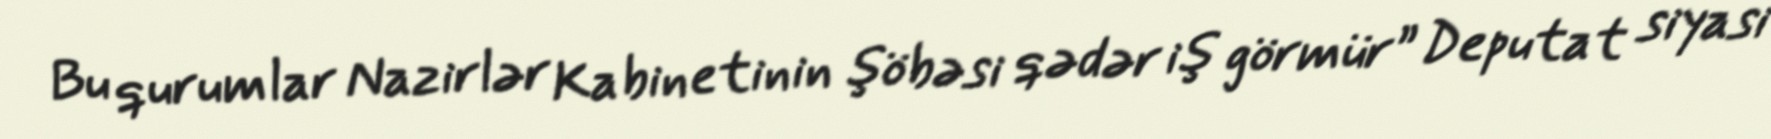
Bu qurumlar Nazirlər Kabinetinin şöbəsi qədər iş görmür” Deputat siyasi